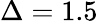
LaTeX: \Delta=1.5